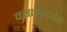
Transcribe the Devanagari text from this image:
क्लाइस्टनेही